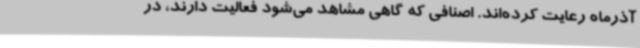
آذرماه رعایت کرده‌اند. اصنافی که گاهی مشاهد می‌شود فعالیت دارند، در